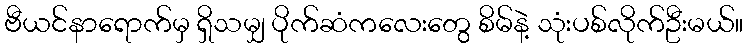
ဗီယင်နာရောက်မှ ရှိသမျှ ပိုက်ဆံကလေးတွေ စိမ်နဲ့ သုံးပစ်လိုက်ဦးမယ်။